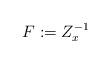
LaTeX: \begin{align*}F := Z_x^{-1}\end{align*}